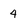
Character: 4